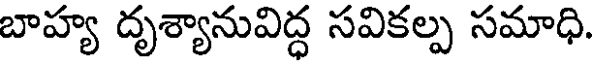
బాహ్య దృశ్యానువిద్ధ సవికల్ప సమాధి.